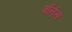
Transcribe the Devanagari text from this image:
बॉर्नस